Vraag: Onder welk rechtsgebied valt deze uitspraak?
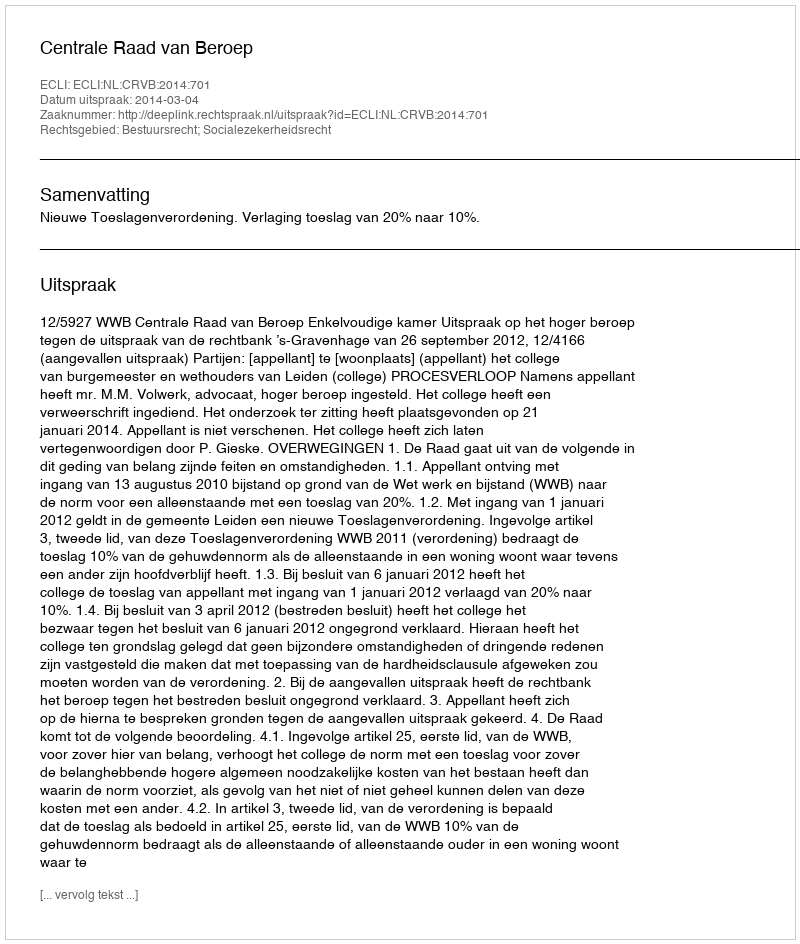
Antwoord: Bestuursrecht; Socialezekerheidsrecht